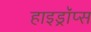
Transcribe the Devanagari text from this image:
हाइड्रॉप्स